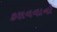
કરાવવાનો